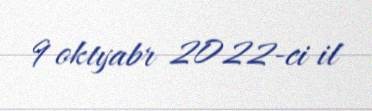
9 oktyabr 2022-ci il